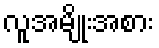
လူအမျိုးအစား